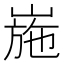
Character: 崺